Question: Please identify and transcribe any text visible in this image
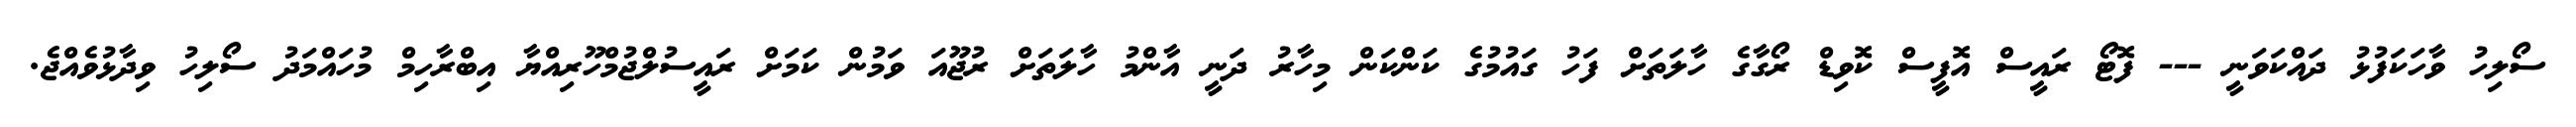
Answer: ސޯލިހު ވާހަކަފުޅު ދައްކަވަނީ --- ފޮޓޯ ރައީސް އޮފީސް ކޮވިޑް ރޯގާގެ ހާލަތަށް ފަހު ގައުމުގެ ކަންކަން މިހާރު ދަނީ އާންމު ހާލަތަށް ރުޖޫއަ ވަމުން ކަމަށް ރައީސުލްޖުމްހޫރިއްޔާ އިބްރާހިމް މުހައްމަދު ސޯލިހު ވިދާޅުވެއްޖެ.